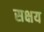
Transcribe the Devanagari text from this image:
सक्षय